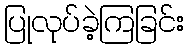
ပြုလုပ်ခဲ့ကြခြင်း